Indian journal of veterinary science and animal husbandry - Volume 9,
Year: 1939
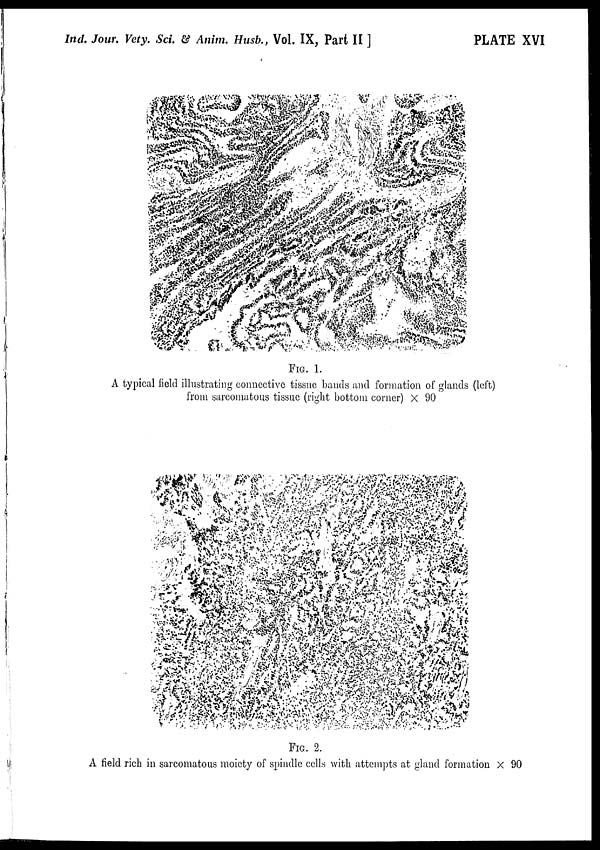
Ind. Jour. Vety. Sci. & Anim. Husb., Vol. IX, Part II ]
PLATE XVI
FIG. 1.
A typical field illustrating connective tissue bands and formation of glands (left)
from sarcomatous tissue (right bottom corner) × 90
FIG. 2.
A field rich in sarcomatous moiety of spindle cells with attempts at gland formation × 90